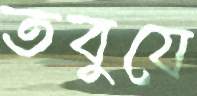
তবুযে